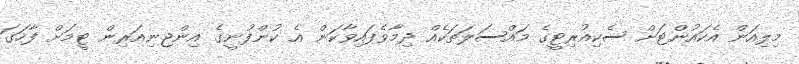
މިލިއަން އެކައުންޓަށް ސެކިއުރިޓީގެ މައްސަލަތަކެއް ދިމާވެފައިވާކަން އެ ކުންފުނީގެ އިންޖިނިއަރިން ޓީމަށް ފާހަގަ